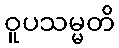
ဝူပသမ္မတိ